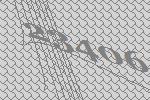
23406